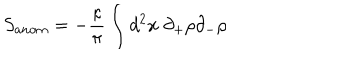
LaTeX: S _ { a n o m } = - \frac { \kappa } { \pi } \int d ^ { 2 } x \; \partial _ { + } \rho \partial _ { - } \rho